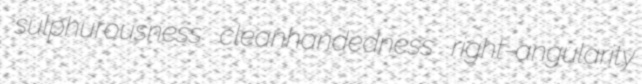
sulphurousness cleanhandedness right-angularity